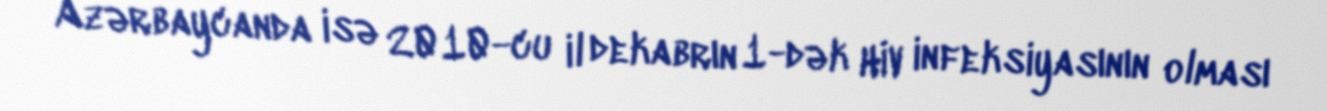
Azərbaycanda isə 2010-cu il dekabrın 1-dək HİV infeksiyasının olması